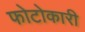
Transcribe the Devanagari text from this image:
फोटोकारी